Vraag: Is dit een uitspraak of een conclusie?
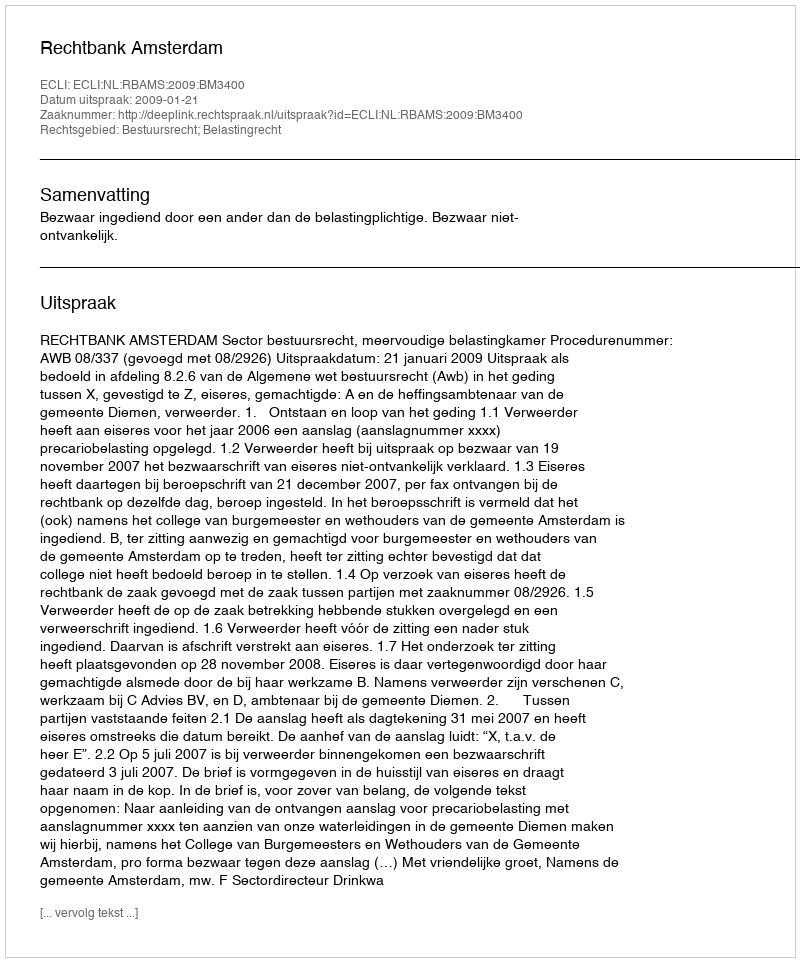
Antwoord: Uitspraak